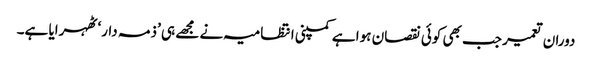
دوران تعمیر جب بھی کوئی نقصان ہوا ہے کمپنی انتظامیہ نے مجھے ہی ’ذمہ دار‘ ٹھہرایا ہے۔